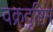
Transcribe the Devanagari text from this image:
वक्रदृष्टिमे